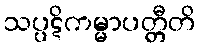
သပ္ပဋိကမ္မာပတ္တီတိ